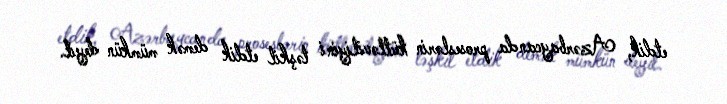
etdik, Azərbaycanda proseslərin kütləviliyini təşkil etdik demək mümkün deyil.